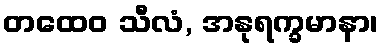
တထေဝ သီလံ, အနုရက္ခမာနာ၊